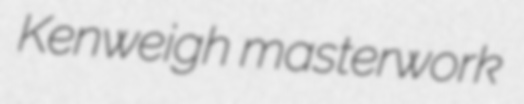
Kenweigh masterwork